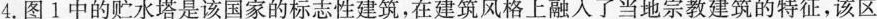
4.图1中的贮水塔是该国家的标志性建筑，在建筑风格上融入了当地宗教建筑的特征，该区